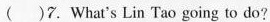
()7.What's Lin Tao going to do?